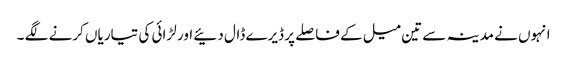
انہوں نے مدینہ سے تین میل کے فاصلے پر ڈیرے ڈال دئیے اور لڑائی کی تیاریاں کرنے لگے ۔